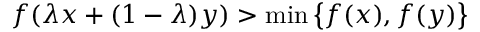
f ( \lambda x + ( 1 - \lambda ) y ) > \operatorname* { m i n } { \big \{ } f ( x ) , f ( y ) { \big \} }